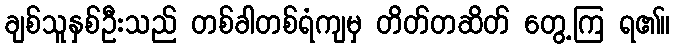
ချစ်သူနှစ်ဦးသည် တစ်ခါတစ်ရံကျမှ တိတ်တဆိတ် တွေ့ကြ ရ၏။